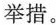
举措。